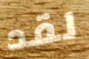
لقد